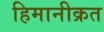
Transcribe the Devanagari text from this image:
हिमानीक्रत